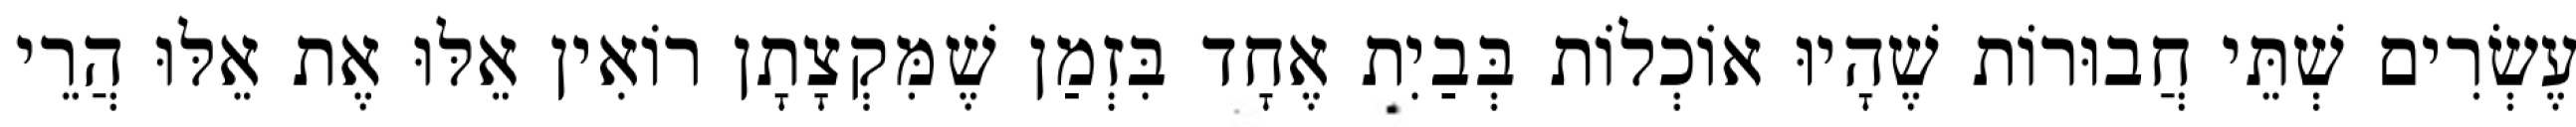
עֶשְׂרִים שְׁתֵּי חֲבוּרוֹת שֶׁהָיוּ אוֹכְלוֹת בְּבַיִת אֶחָד בִּזְמַן שֶׁמִּקְצָתָן רוֹאִין אֵלּוּ אֶת אֵלּוּ הֲרֵי